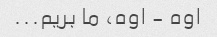
اوه - اوه، ما بریم...